Vaccination North-Western Provinces 1866-1877 - 1866-1877
Year: 1866
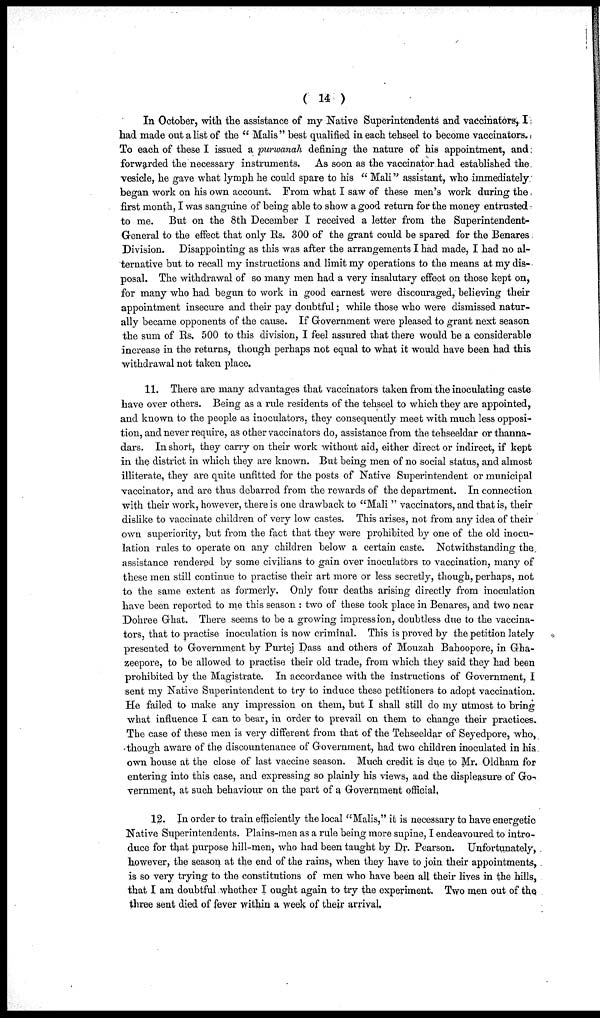
(
14)
In October, with the assistance of my Native Superintendents and vaccinators, I
had made out a list of the " Malis" best qualified in each tehseel to become vaccinators.
To each of these I issued a purwanah defining the nature of his appointment, and
forwarded the necessary instruments. As soon as the vaccinator had established the
vesicle, he gave what lymph he could spare to his " Mali" assistant, who immediately
began work on his own account. From what I saw of these men's work during the
first month, I was sanguine of being able to show a good return for the money entrusted
to me. But on the 8th December I received a letter from the Superintendent-
General to the effect that only Rs. 300 of the grant could be spared for the Benares
Division. Disappointing as this was after the arrangements I had made, I had no al-
ternative but to recall my instructions and limit my operations to the means at my dis-
posal. The withdrawal of so many men had a very insalutary effect on those kept on,
for many who had begun to work in good earnest were discouraged, believing their
appointment insecure and their pay doubtful; while those who were dismissed natur-
ally became opponents of the cause. If Government were pleased to grant next season
the sum of Rs. 500 to this division, I feel assured that there would be a considerable
increase in the returns, though perhaps not equal to what it would have been had this
withdrawal not taken place.
11. There are many advantages that vaccinators taken from the inoculating caste
have over others. Being as a rule residents of the tehseel to which they are appointed,
and known to the people as inoculators, they consequently meet with much less opposi-
tion, and never require, as other vaccinators do, assistance from the tehseeldar or thanna¬
dars. In short, they carry on their work without aid, either direct or indirect, if kept
in the district in which they are known. But being men of no social status, and almost
illiterate, they are quite unfitted for the posts of Native Superintendent or municipal
vaccinator, and are thus debarred from the rewards of the department. In connection
with their work, however, there is one drawback to "Mali " vaccinators, and that is, their
dislike to vaccinate children of very low castes. This arises, not from any idea of their
own superiority, but from the fact that they were prohibited by one of the old inocu-
lation rules to operate on any children below a certain caste. Notwithstanding the
assistance rendered by some civilians to gain over inoculators to vaccination, many of
these men still continue to practise their art more or less secretly, though, perhaps, not
to the same extent as formerly. Only four deaths arising directly from inoculation
have been reported to me this season : two of these took place in Benares, and two near
Dohree Ghat. There seems to be a growing impression, doubtless due to the vaccina-
tors, that to practise inoculation is now criminal. This is proved by the petition lately
presented to Government by Purtej Dass and others of Mouzah Bahoopore, in Gha¬
zeepore, to be allowed to practise their old trade, from which they said they had been
prohibited by the Magistrate. In accordance with the instructions of Government, I
sent my Native Superintendent to try to induce these petitioners to adopt vaccination.
He failed to make any impression on them, but I shall still do my utmost to bring
what influence I can to bear, in order to prevail on them to change their practices.
The case of these men is very different from that of the Tehseeldar of Seyedpore, who,
though aware of the discountenance of Government, had two children inoculated in his
own house at the close of last vaccine season. Much credit is due to Mr. Oldham for
entering into this case, and expressing so plainly his views, and the displeasure of Go¬
vernment, at such behaviour on the part of a Government official.
12. In order to train efficiently the local "Malis," it is necessary to have energetic
Native Superintendents. Plains-men as a rule being more supine, I endeavoured to intro-
duce for that purpose hill-men, who had been taught by Dr. Pearson. Unfortunately,
however, the season at the end of the rains, when they have to join their appointments,
is so very trying to the constitutions of men who have been all their lives in the hills,
that I am doubtful whether I ought again to try the experiment. Two men out of the
three sent died of fever within a week of their arrival,